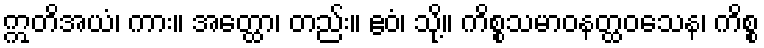
ဣတိအယံ၊ ကား။ အတ္ထော၊ တည်း။ ဧဝံ၊ သို့။ ကိစ္စသမာဝနတ္ထဝသေန၊ ကိစ္စ